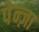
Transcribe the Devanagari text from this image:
पेन्ज़ा